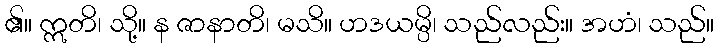
၏။ ဣတိ၊ သို့။ န ဇာနာတိ၊ မသိ။ ဟဒယမ္ပိ၊ သည်လည်း။ အဟံ၊ သည်။